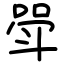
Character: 斝